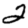
Digit: 2